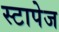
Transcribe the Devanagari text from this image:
स्टापेज